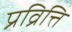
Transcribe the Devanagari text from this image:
प्रव्रित्ति